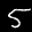
Label: 5